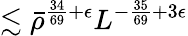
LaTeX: \lesssim\bar{\rho}^{\frac{34}{69}+\epsilon}L^{-\frac{35}{69}+3\epsilon}